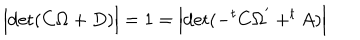
\Bigl | \mathrm { d e t } ( C \Omega + D ) \Bigr | = 1 = \Bigl | \mathrm { d e t } ( - ^ { t } C \Omega ^ { ' } + ^ { t } A ) \Bigr |